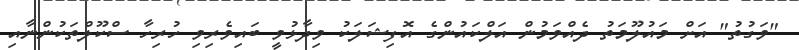
"ވަގުތު" އަށް މައުލޫމަތު ދެއްވަމުން އަލްކައުންގެ އޮފިޝަލަކު ވިދާޅުވީ ބައިވެރިވި ހުރިހާ ސްކޫލްތަކުންނާއި